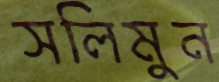
সলিমুন